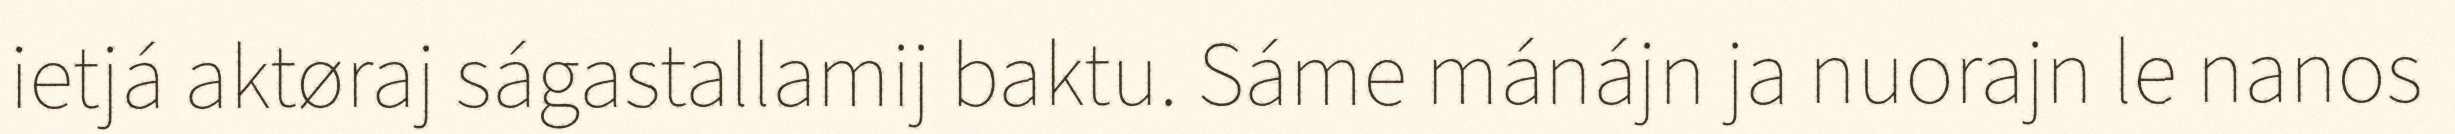
ietjá aktøraj ságastallamij baktu. Sáme mánájn ja nuorajn le nanos